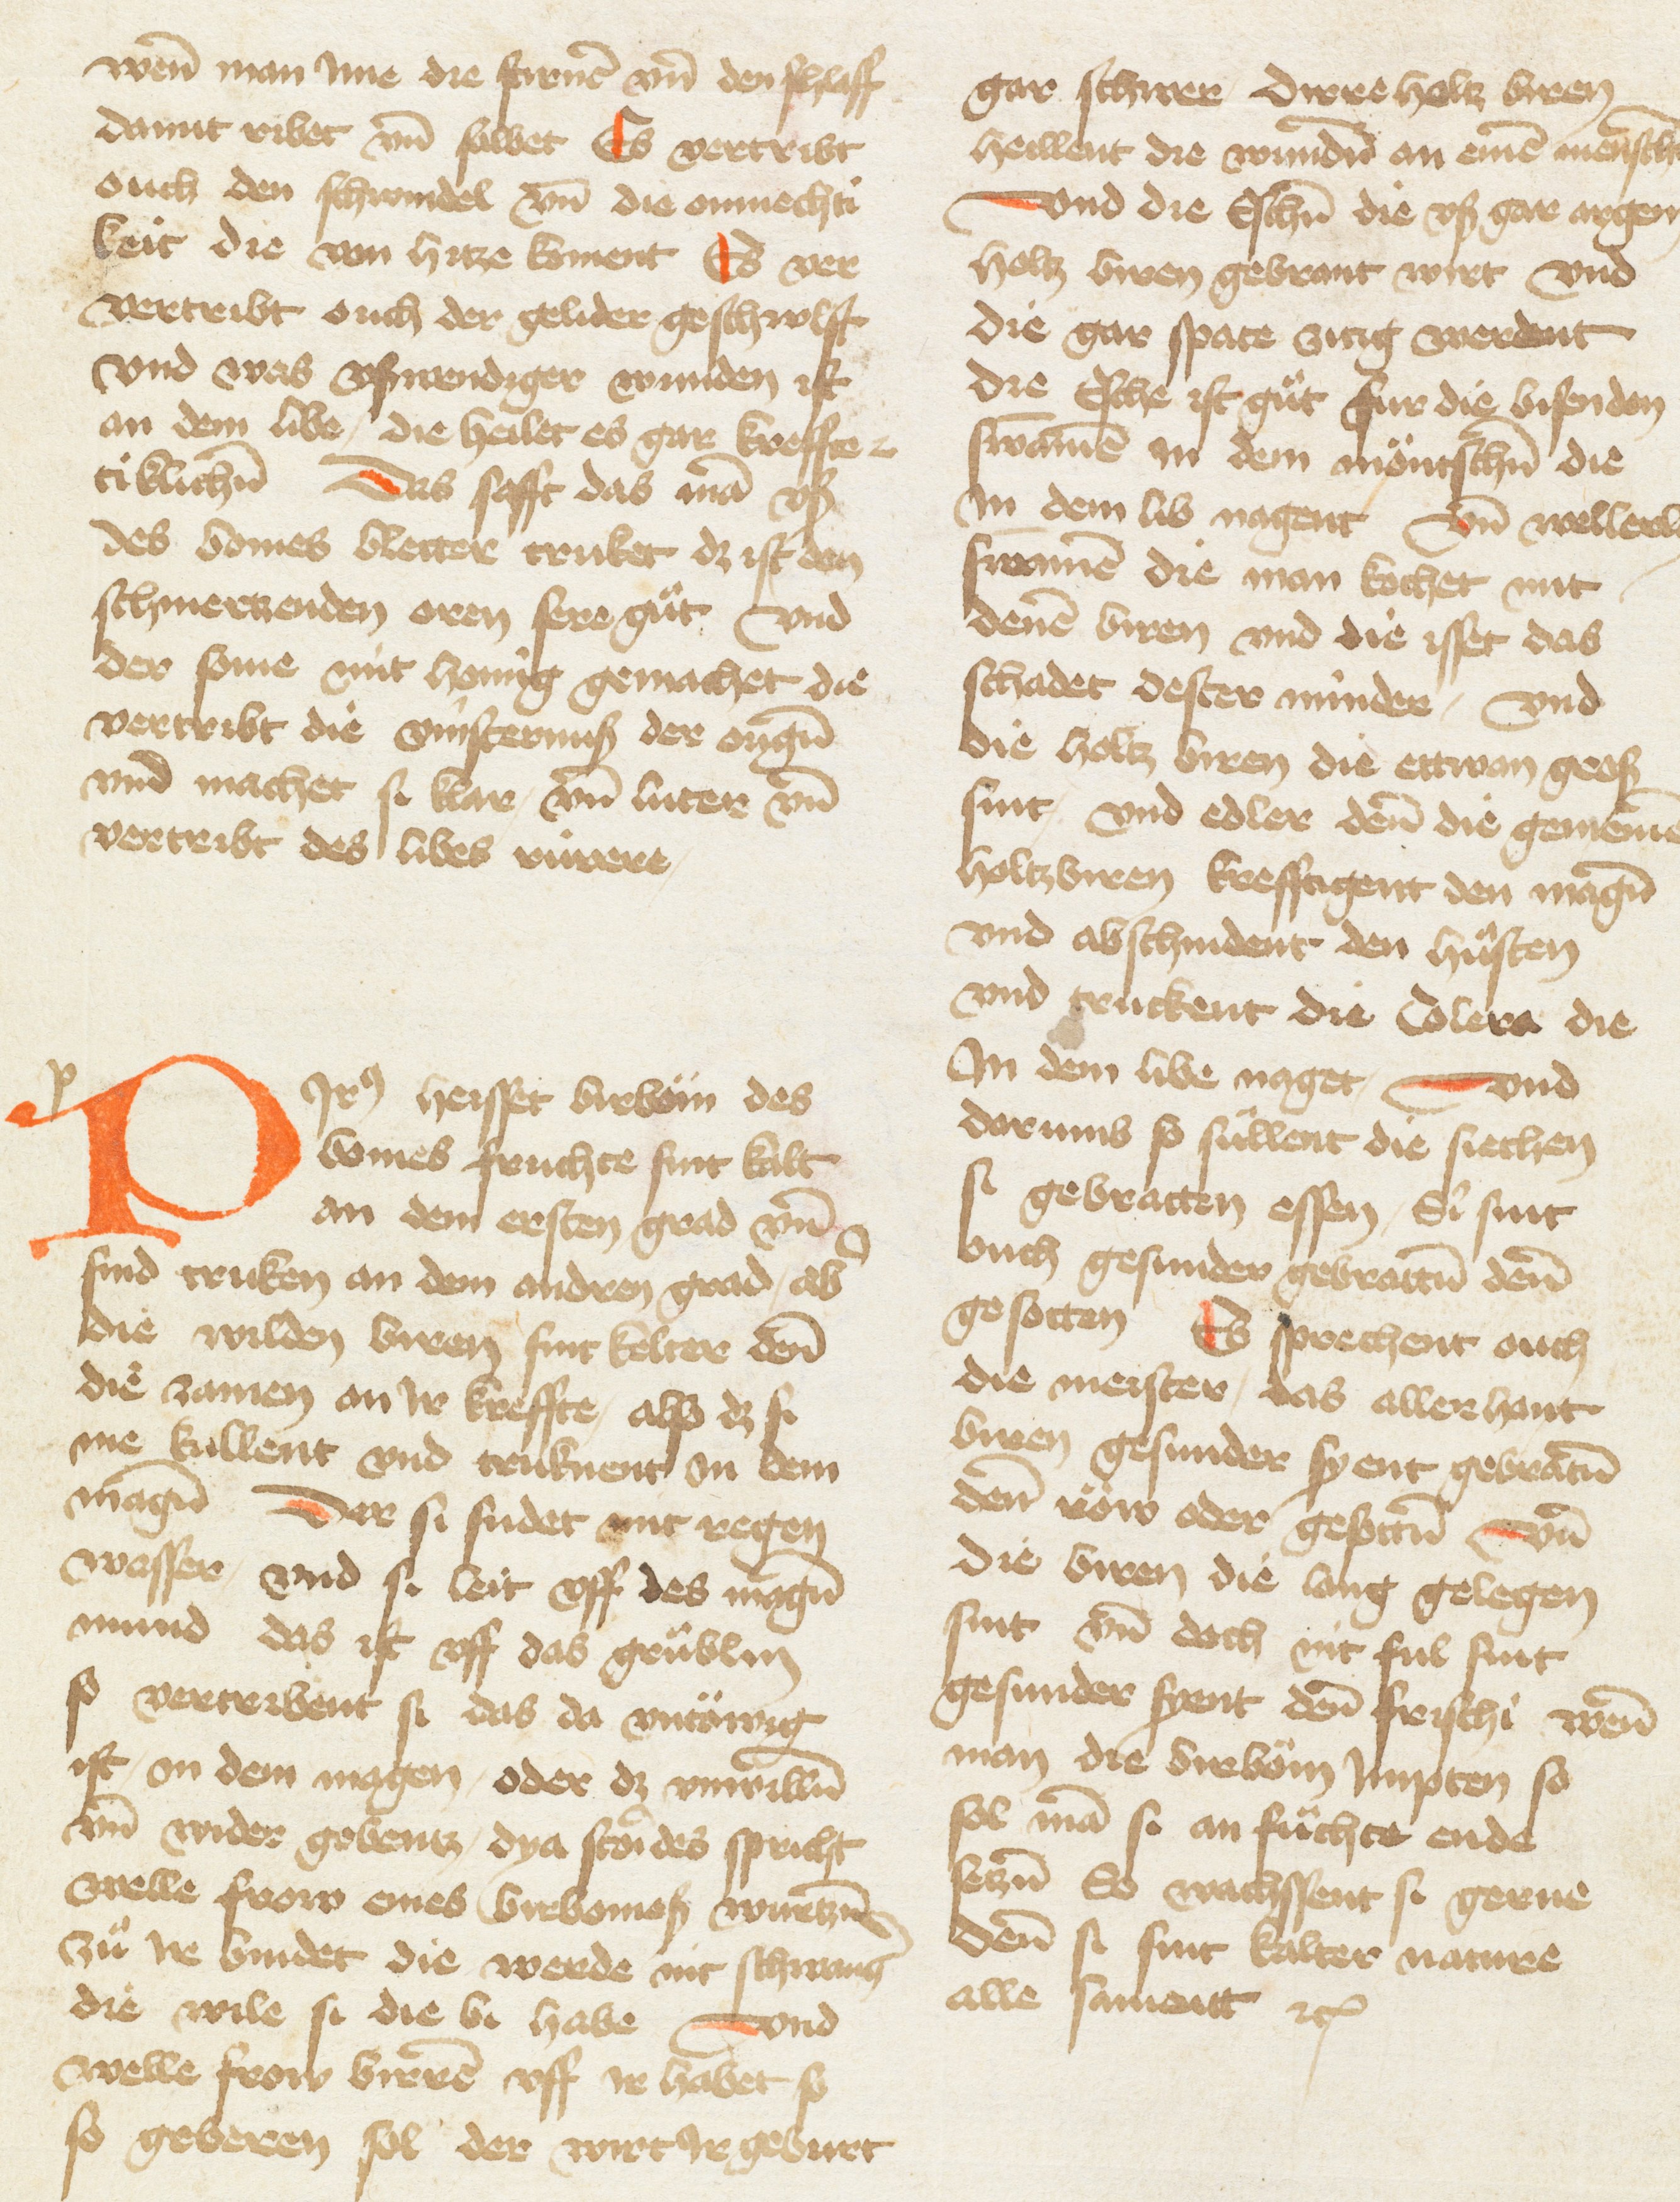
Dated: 1433–1465